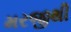
મરજીથી